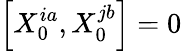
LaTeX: \left[X_{0}^{ia},X_{0}^{jb}\right]=0